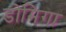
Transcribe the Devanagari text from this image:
डोमिगा